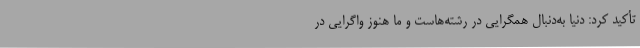
تأکید کرد: دنیا به‌دنبال همگرایی در رشته‌هاست و ما هنوز واگرایی در